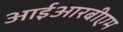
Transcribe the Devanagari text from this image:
आईआरबीएम